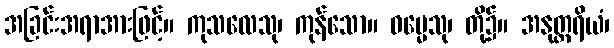
အခြင်းအရာအားဖြင့်။ ကုသလေသု၊ ကုန်သော။ ဓမ္မေသု၊ တို့၌။ အနုတ္တရိယံ၊